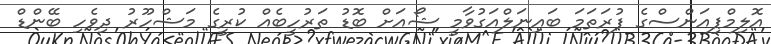
އޮލިމްޕިއަންސްގެ ފުރަތަމަ ބައިނަލްއަގުވާމީ ޝޯއަށް ބޮޑު ތަރުހީބެއް ކުރީގެ މަޝްހޫރު ދިވެހި ބޭންޑް